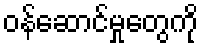
ဝန်ဆောင်မှုတွေကို